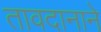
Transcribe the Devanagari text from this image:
तावदानाने